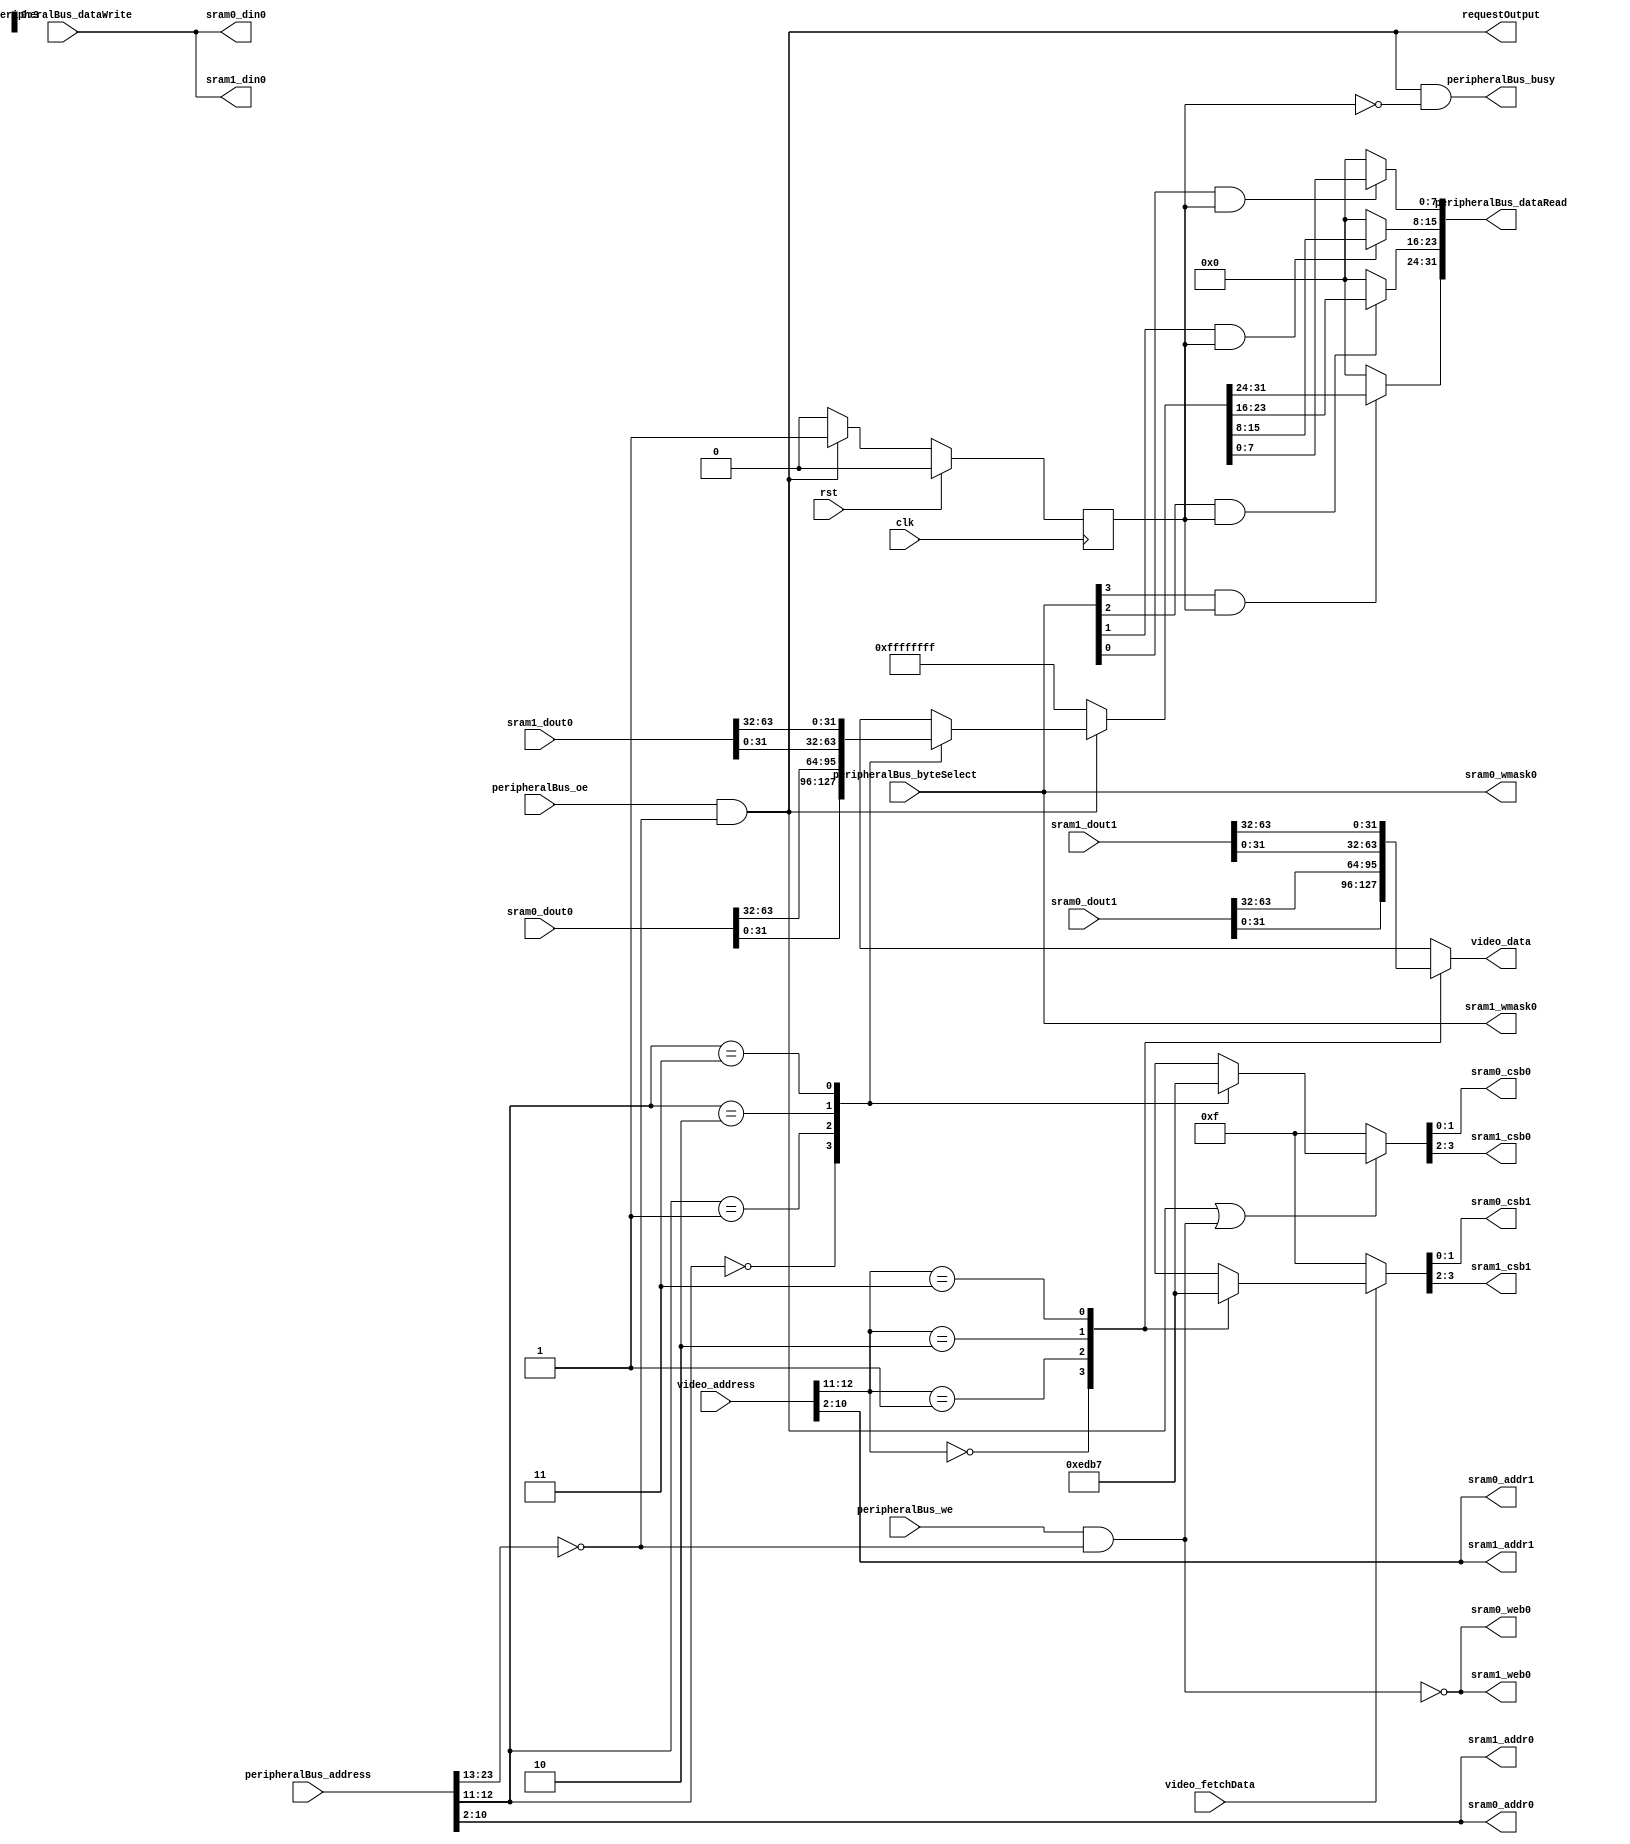
module VideoMemory (
`ifdef USE_POWER_PINS
		inout vccd1,	// User area 1 1.8V supply
		inout vssd1,	// User area 1 digital ground
`endif
		input wire clk,
		input wire rst,

		// Peripheral bus interface
		input wire peripheralBus_we,
		input wire peripheralBus_oe,
		output wire peripheralBus_busy,
		input wire[23:0] peripheralBus_address,
		input wire[3:0] peripheralBus_byteSelect,
		input wire[31:0] peripheralBus_dataWrite,
		output wire[31:0] peripheralBus_dataRead,
		output wire requestOutput,

		// Video interface
		input wire video_fetchData,
		input wire[SRAM_ADDRESS_SIZE+3:0] video_address,
		output reg[31:0] video_data,

		// Left Video SRAM rw port
		output wire[1:0] sram0_csb0,
		output wire sram0_web0,
		output wire[3:0] sram0_wmask0,
		output wire[SRAM_ADDRESS_SIZE-1:0] sram0_addr0,
		output wire[31:0] sram0_din0,
		input wire[63:0] sram0_dout0,

		// Left Video SRAM r port
		output wire[1:0] sram0_csb1,
		output wire[SRAM_ADDRESS_SIZE-1:0] sram0_addr1,
		input wire[63:0] sram0_dout1,

		// Right Video SRAM rw port
		output wire[1:0] sram1_csb0,
		output wire sram1_web0,
		output wire[3:0] sram1_wmask0,
		output wire[SRAM_ADDRESS_SIZE-1:0] sram1_addr0,
		output wire[31:0] sram1_din0,
		input wire[63:0] sram1_dout0,

		// Right Video SRAM r port
		output wire[1:0] sram1_csb1,
		output wire[SRAM_ADDRESS_SIZE-1:0] sram1_addr1,
		input wire[63:0] sram1_dout1
	);

	localparam SRAM_ADDRESS_SIZE = 9;

	localparam SRAM_PERIPHERAL_BUS_ADDRESS = 11'h000;

	// Merge two ports into one
	reg[3:0] sram_csb0;
	wire sram_web0;
	wire[3:0] sram_wmask0;
	wire[SRAM_ADDRESS_SIZE-1:0] sram_addr0;
	wire[31:0] sram_din0;
	wire[127:0] sram_dout0;
	reg[3:0] sram_csb1;
	wire[SRAM_ADDRESS_SIZE-1:0] sram_addr1;
	wire[127:0] sram_dout1;

	assign sram0_csb0 = sram_csb0[1:0];
	assign sram0_web0 = sram_web0;
	assign sram0_wmask0 = sram_wmask0;
	assign sram0_addr0 = sram_addr0;
	assign sram0_din0 = sram_din0;
	assign sram0_csb1 = sram_csb1[1:0];
	assign sram0_addr1 = sram_addr1;
	assign sram1_csb0 = sram_csb0[3:2];
	assign sram1_web0 = sram_web0;
	assign sram1_wmask0 = sram_wmask0;
	assign sram1_addr0 = sram_addr0;
	assign sram1_din0 = sram_din0;
	assign sram1_csb1 = sram_csb1[3:2];
	assign sram1_addr1 = sram_addr1;

	assign sram_dout0 = { sram1_dout0, sram0_dout0 };
	assign sram_dout1 = { sram1_dout1, sram0_dout1 };

	wire peripheralBusValidAddress = peripheralBus_address[23:SRAM_ADDRESS_SIZE+4] == SRAM_PERIPHERAL_BUS_ADDRESS;
	wire peripheralBusReadEnable = peripheralBus_oe && peripheralBusValidAddress;
	wire peripheralBusWriteEnable = peripheralBus_we && peripheralBusValidAddress;
	wire peripheralBusEnableSRAM = peripheralBusReadEnable || peripheralBusWriteEnable;
	wire[1:0] peripheralBusSRAMBank = peripheralBus_address[SRAM_ADDRESS_SIZE+3:SRAM_ADDRESS_SIZE+2];

	// Set enable bit for peripheral bus port (active low)
	always @(*) begin
		if (peripheralBusEnableSRAM) begin
			case (peripheralBusSRAMBank)
				2'b00: sram_csb0 <= 4'b1110;
				2'b01: sram_csb0 <= 4'b1101;
				2'b10: sram_csb0 <= 4'b1011;
				2'b11: sram_csb0 <= 4'b0111;
			endcase
		end else begin
			sram_csb0 <= 4'b1111;
		end
	end

	// Read data only valid the clock cycle after the address is sent
	reg wbReadReady = 1'b0;
	always @(posedge clk) begin
		if (rst) wbReadReady <= 1'b0;
		else if (peripheralBusReadEnable) wbReadReady <= 1'b1;
		else wbReadReady <= 1'b0;
	end

	reg[31:0] readData;
	assign peripheralBus_dataRead = {
		peripheralBus_byteSelect[3] && wbReadReady ? readData[31:24] : 8'h00,
		peripheralBus_byteSelect[2] && wbReadReady ? readData[23:16] : 8'h00,
		peripheralBus_byteSelect[1] && wbReadReady ? readData[15:8]  : 8'h00,
		peripheralBus_byteSelect[0] && wbReadReady ? readData[7:0]   : 8'h00
	};

	assign peripheralBus_busy = peripheralBusReadEnable && !wbReadReady;
	assign requestOutput = peripheralBusReadEnable;

	assign sram_web0 	= !peripheralBusWriteEnable;
	assign sram_wmask0 	= peripheralBus_byteSelect;
	assign sram_addr0 	= peripheralBus_address[SRAM_ADDRESS_SIZE+1:2];
	assign sram_din0 	= peripheralBus_dataWrite;

	// Select return data for peripheral bus port
	always @(*) begin
		if (peripheralBusReadEnable) begin
			case (peripheralBusSRAMBank)
				2'b00: readData <= sram_dout0[31:0];
				2'b01: readData <= sram_dout0[63:32];
				2'b10: readData <= sram_dout0[95:64];
				2'b11: readData <= sram_dout0[127:96];
			endcase
		end else begin
			readData <= ~32'b0;
		end
	end

	wire[1:0] videoSRAMBank = video_address[SRAM_ADDRESS_SIZE+3:SRAM_ADDRESS_SIZE+2];

	// Set enable bit for video port (active low)
	always @(*) begin
		if (video_fetchData) begin
			case (videoSRAMBank)
				2'b00: sram_csb1 <= 4'b1110;
				2'b01: sram_csb1 <= 4'b1101;
				2'b10: sram_csb1 <= 4'b1011;
				2'b11: sram_csb1 <= 4'b0111;
			endcase
		end else begin
			sram_csb1 <= 4'b1111;
		end
	end

	assign sram_addr1 	= video_address[SRAM_ADDRESS_SIZE+1:2];

	// Select return data for video port
	always @(*) begin
		case (videoSRAMBank)
			2'b00: video_data <= sram_dout1[31:0];
			2'b01: video_data <= sram_dout1[63:32];
			2'b10: video_data <= sram_dout1[95:64];
			2'b11: video_data <= sram_dout1[127:96];
		endcase
	end

endmodule